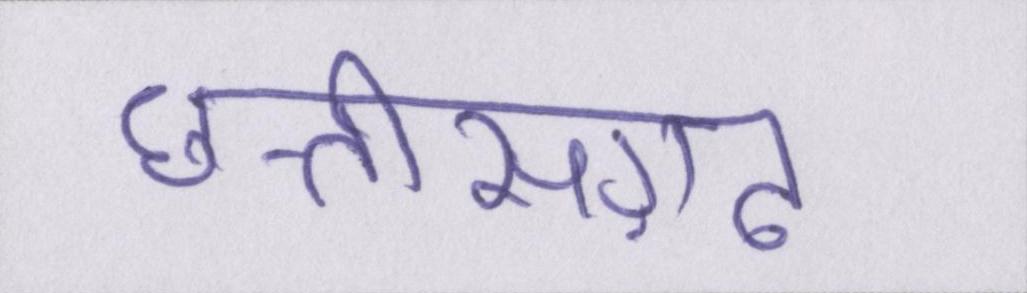
छत्तीसग़ढ